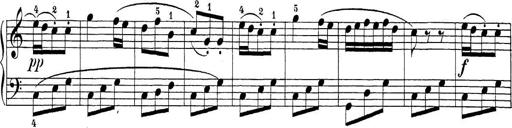
Title: Sonatina Album
Composer: Louis KÃ¶hler